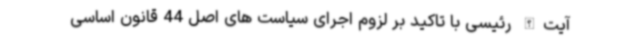
آیت‌الله رئیسی با تاکید بر لزوم اجرای سیاست های اصل 44 قانون اساسی